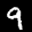
Label: 9